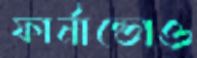
ফার্নান্ডোও